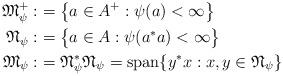
LaTeX: \begin{align*}{\mathfrak M}_\psi^+:&=\bigl\{a\in A^+:\psi(a)<\infty\bigr\} \\{\mathfrak N}_\psi:&=\bigl\{a\in A:\psi(a^*a)<\infty\bigr\} \\{\mathfrak M}_\psi:&={\mathfrak N}_\psi^*{\mathfrak N}_\psi=\operatorname{span}\{y^*x:x,y\in{\mathfrak N}_\psi\} \end{align*}